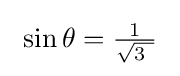
\ \sin \theta ={\tfrac {1}{\sqrt {3\ }}}~